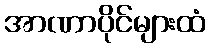
အာဏာပိုင်များထံ